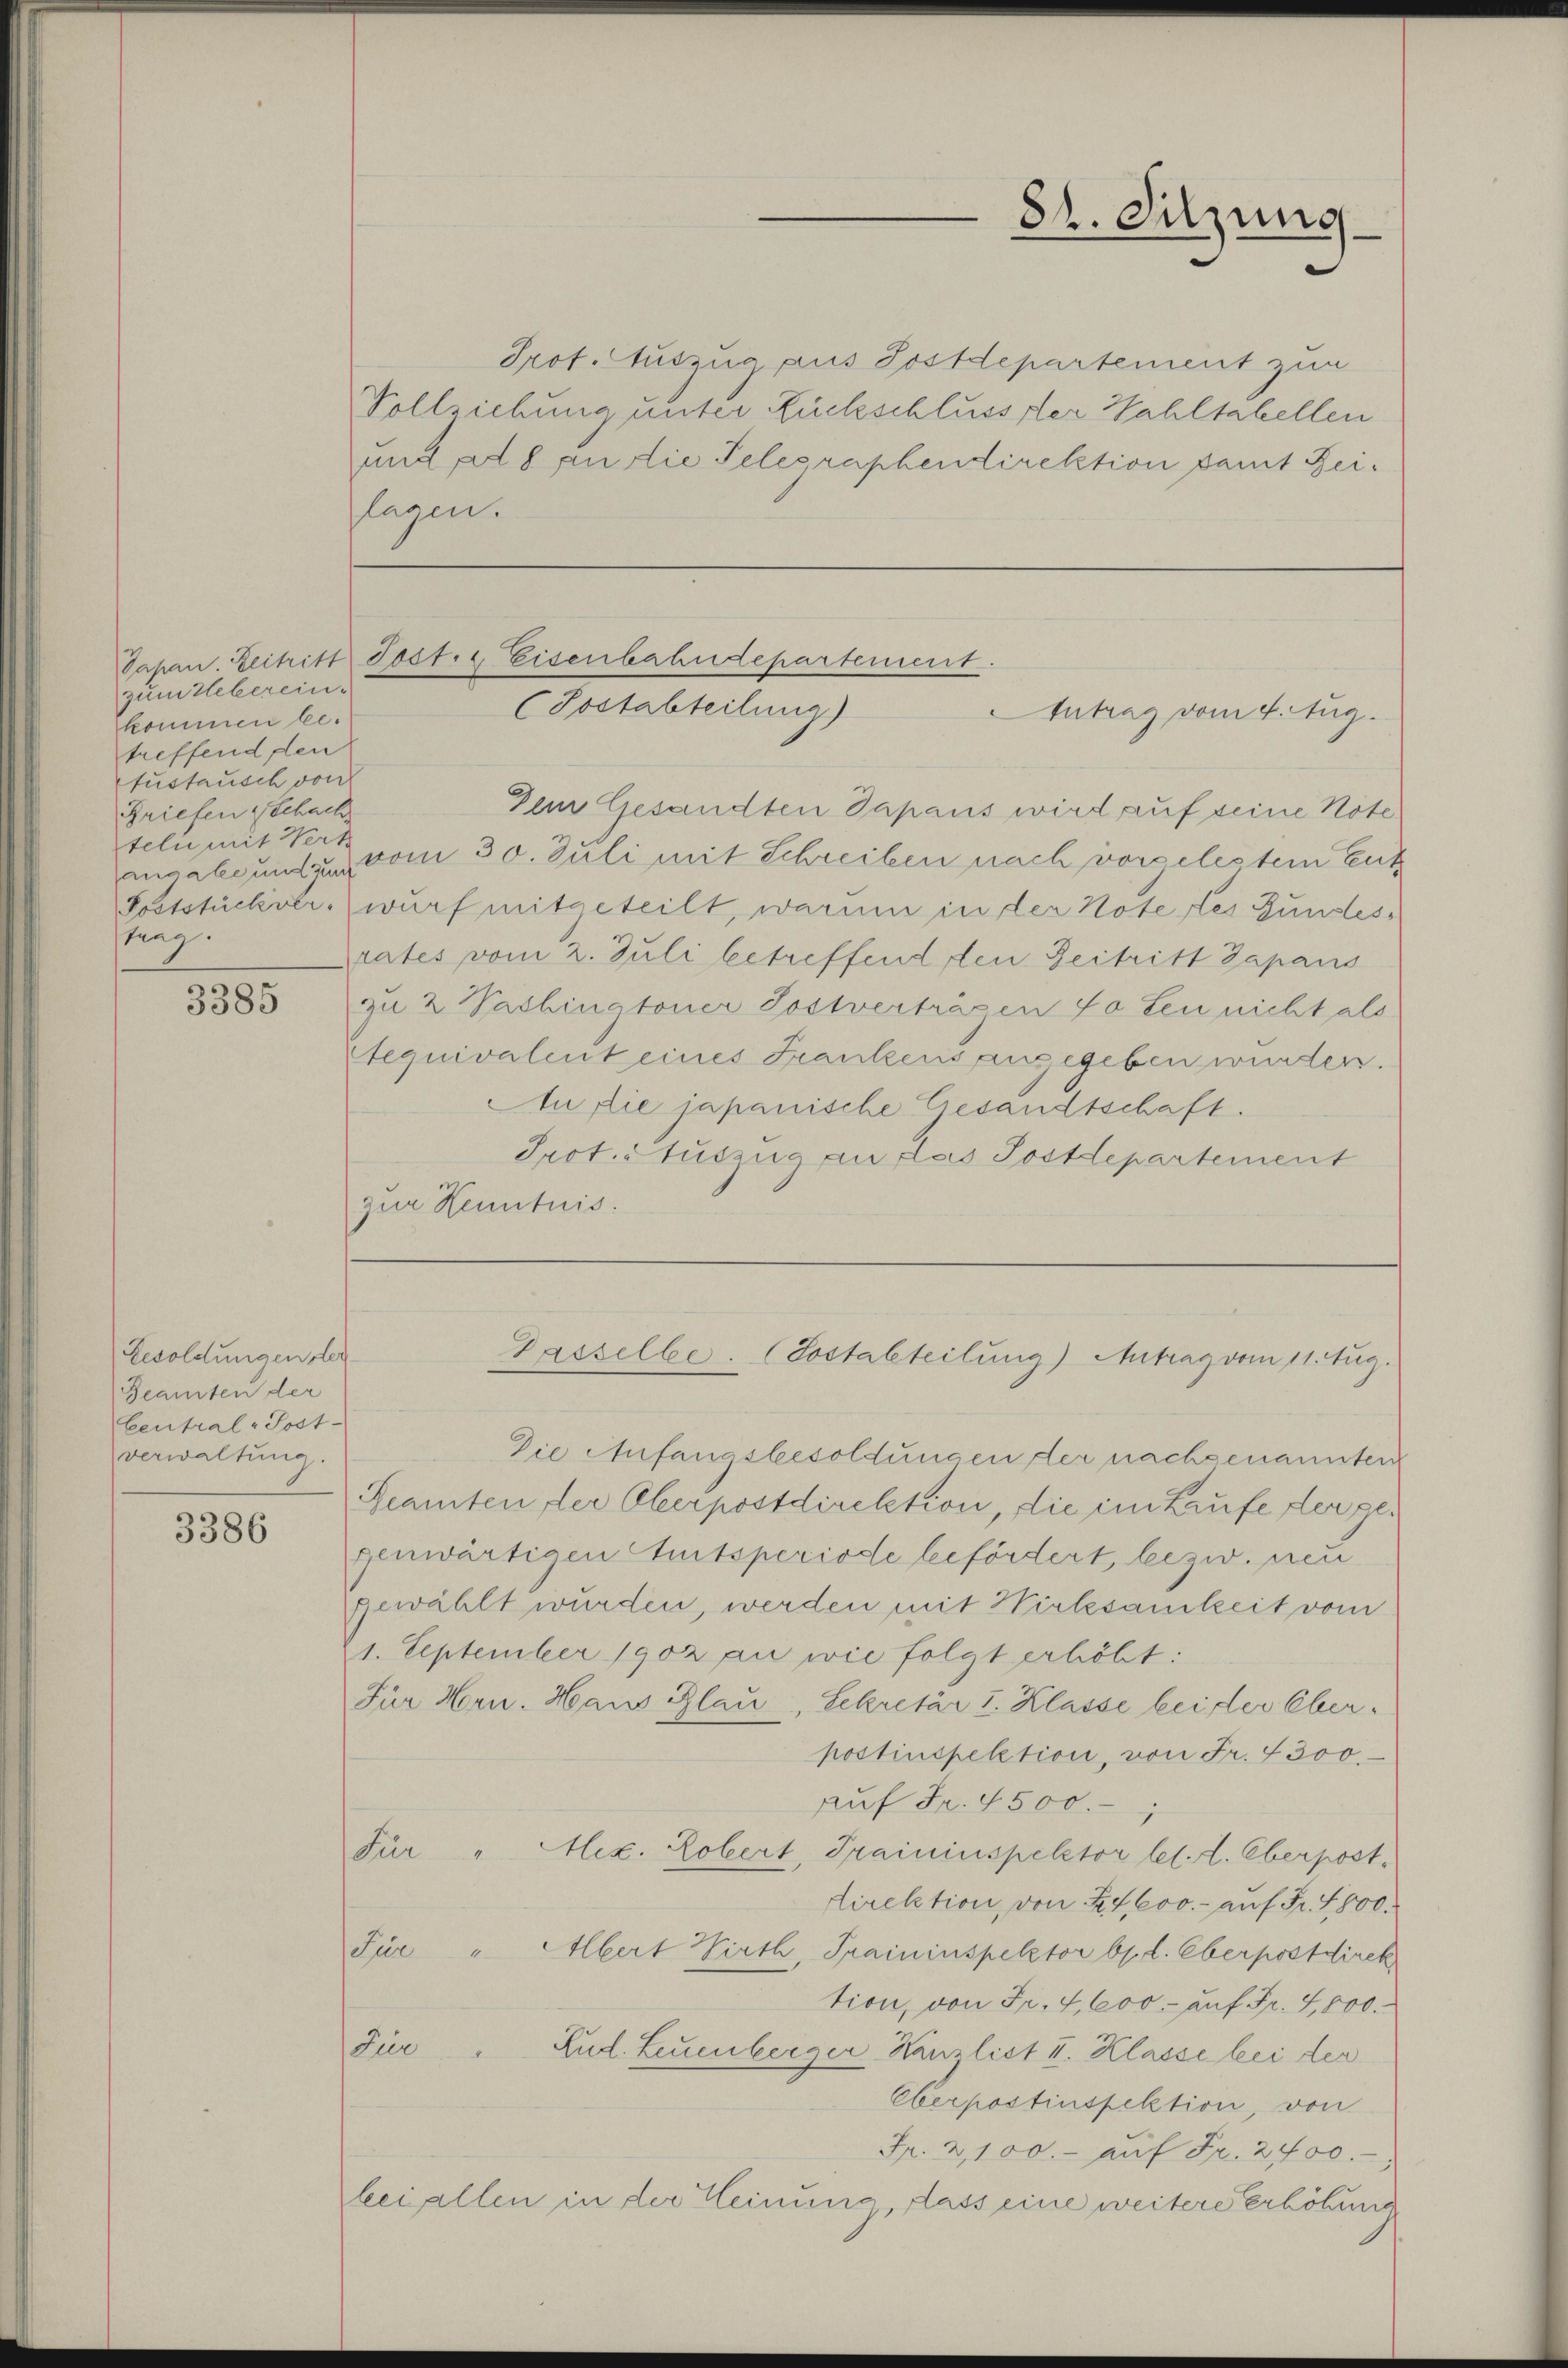
zum Ueberein.
kommen betreffend den
fustausch von
Briefen & Schach
teli mit Wert
trag.

3385

Besoldungenster
Beamten der
Central-Post-
verwaltung.

3386

Prof. Auszug aus Postdepartement zur
Vollziehung unter Rückschlusser Wahltabellen
und als an die Telegraphendirektion samt Beilagen.

82. Sitzung

Jahan. Zeitritt Post. Eisenbahndepartement.
(Postabteilung)
Antrag vom 4. Aug.

Dem Gesandten Japans wird auf seine Note
angabe und zu vom 30. Juli mit Schreiben nach vorgelestem Entz
Poststückverwurf mitgeteilt, warum in der Note des Gundesrates vom 2. Juli betreffend den Zeitritt Papans
zu 2 Nachingtoner Sostverträgen so den nicht als
Aequivalent eines Frankens angegeben würden.
Au die japanische Gesandtschaft.
Prot. Auszug an das Postdepartement
zur Henntnis.

Gasselbe. (Sostabteilung) Antrag vom 11. Aug.

Die Anfangsbesoldungen der nachgenannten
Beamten der Oberpostdirektion, die im Laufe der gegenwärtigen Amtsperiode befördert, bezw. neu
gewählt wurden, werden mit Wirksamkeit vom
21. September 1902 an wie folgt erhöht:
Für Hrn. Haus Blau, Sekretär v. Klasse bei der Oberpostinspektion, von Fr. 4300.
Auf Fr. 4500.-,
Für " Miz. Robert, Traininspektor let. d. Oberpost.
direktion, von 24. 600.- auf Fr. 5800.
Für " Albert Wirth, Traininspektor bpl. Oberpostdirek
tion, von Fr. 4,600 - auf Fr. 4,000.
Für " Rud. Leuenberger Kanzlist II. Klasse bei der
Eberpostinspektion, von
Fr. 2100.- aŭf Fr. 2400.-,
bei allen in der Heinung, dass eine weitere Erhöhung